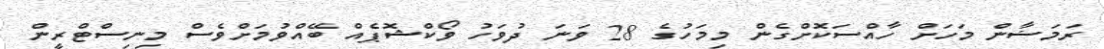
ރަމަޟާން މަހަށް ހާއްސަކޮށްގެން މިމަހުގެ 28 ވަނަ ދުވަހު ވޯކްޝޮޕެއް ބޭއްވުމަށްވެސް މިނިސްޓްރީން